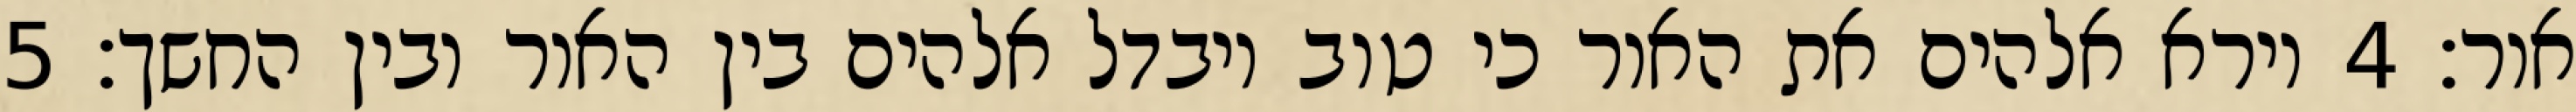
אור׃ ‎4‏ וירא אלהים את האור כי טוב ויבדל אלהים בין האור ובין החשך׃ ‎5‏